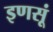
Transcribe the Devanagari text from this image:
इणसूं